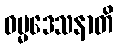
ဓမ္မဒေသနာတိ